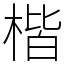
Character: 楷